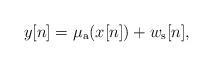
LaTeX: \begin{align*}y[n]=\mu_{\rm a}(x[n])+w_{\rm s}[n],\end{align*}